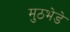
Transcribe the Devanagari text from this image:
मुठभेडे